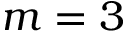
m = 3